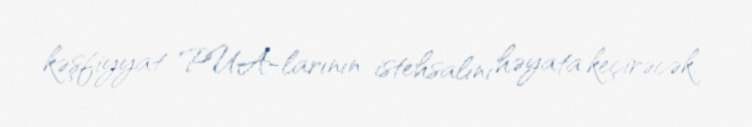
kəşfiyyat PUA-larının istehsalını həyata keçirəcək.